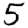
Digit: 5